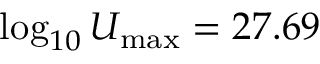
\log _ { 1 0 } U _ { \mathrm { m a x } } = 2 7 . 6 9